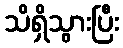
သိရှိသွားပြီး